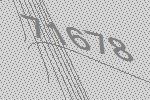
71678